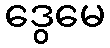
ဒွေမေ